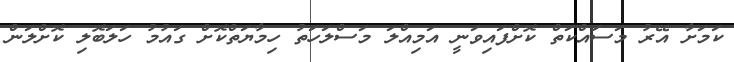
ކަމަށާ އޭރު މަސައްކަތް ކޮށްފައިވަނީ އަމިއްލަ މަސްލަހަތު ހިމާޔަތްކޮށް ގައުމު ހަލަބޮލި ކޮށްލަން